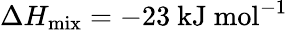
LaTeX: \Delta H_{\mathrm{mix}}=-23\mathrm{\ kJ\ mol^{-1}}